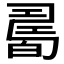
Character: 𤾊